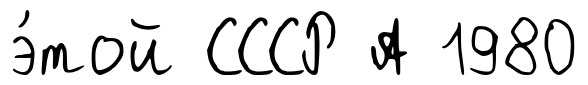
э́той СССР А 1980